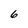
Character: 6